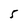
Character: 5